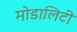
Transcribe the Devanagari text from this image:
मोडालिटी